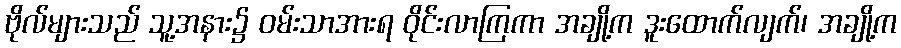
ဗိုလ်များသည် သူ့အနား၌ ဝမ်းသာအားရ ဝိုင်းလာကြကာ အချို့က ဒူးထောက်လျက်၊ အချို့က